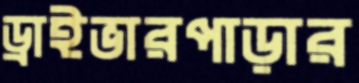
ড্রাইভারপাড়ার